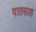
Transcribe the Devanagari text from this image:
पातसाह